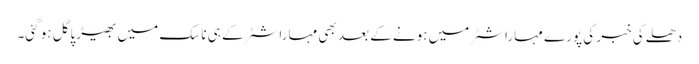
دھلے کی خبر کی پورے مہاراشٹر میں ہونے کے بعد بھی مہاراشٹر کے ہی ناسک میں بھیڑ پاگل ہو گئی۔